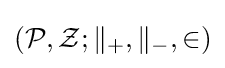
\left({\mathcal {P}},{\mathcal {Z}};\parallel _{+},\parallel _{-},\in \right)